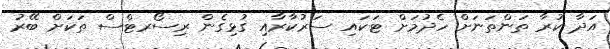
އަދާ ކުރާ ތަންތަނަށް ހެދުމަށް ޓަކައި ސަރުކާރާއި ގުޅިގެން ރިސޯރޓްސް ތަކަށް ބޭރު